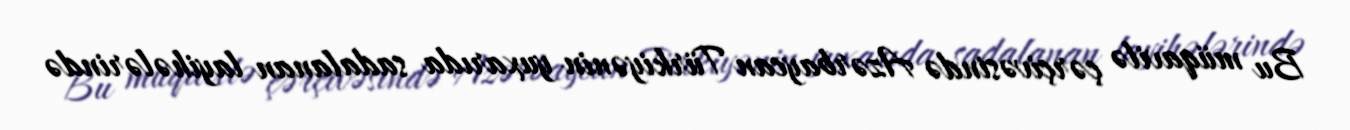
Bu müqavilə çərçivəsində Azərbaycan Türkiyənin yuxarıda sadalanan layihələrində